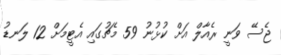
ޖެސޭ ވަނީ ރެއާލް އަށް ކުޅުނު 59 މެޗުގައި އެެޓީމަށް 12 ލަނޑު